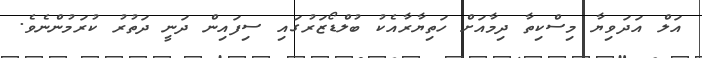
އަލް އަދަވިޔާ މިސްކިތާ ދިމާއަށް ހަތިޔާރާއެކު ބުލްޑޯޒަރުގައި ސިފައިން ދަނީ ދަތުރު ކުރަމުންނެވެ.